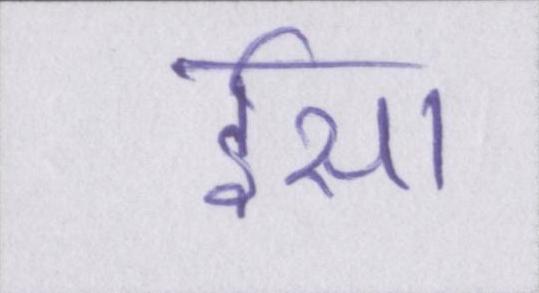
ईसा